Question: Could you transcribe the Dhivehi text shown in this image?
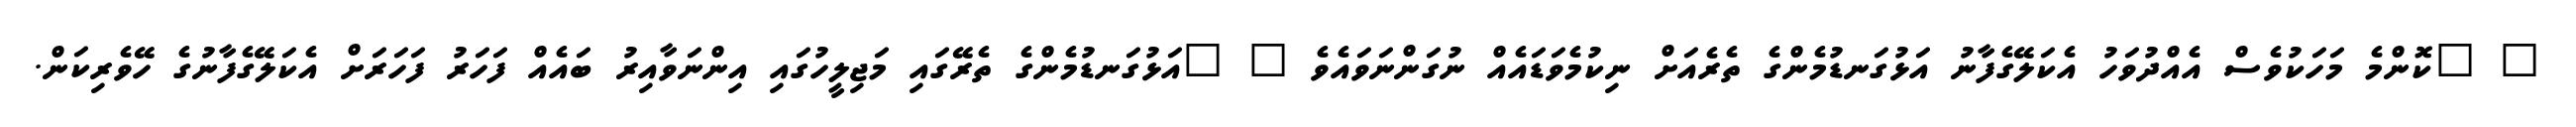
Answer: " "ކޮންމެ މަހަކުވެސް އެއްދުވަހު އެކަލޭގެފާނު އަޅުގަނޑުމެންގެ ތެރެއަށް ނިކުމެވަޑައެއް ނުގަންނަވައެވެ " "އަޅުގަނޑުމެންގެ ތެރޭގައި މަޖިލީހުގައި އިންނަވާއިރު ބައެއް ފަހަރު ފަހަރަށް އެކަލޭގެފާނުގެ ހޭވެރިކަން.